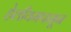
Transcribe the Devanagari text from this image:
हेलीयमपासून